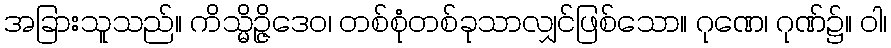
အခြားသူသည်။ ကိသ္မိဉ္ဇိဒေဝ၊ တစ်စုံတစ်ခုသာလျှင်ဖြစ်သော။ ဂုဏေ၊ ဂုဏ်၌။ ဝါ၊